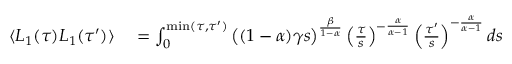
\begin{array} { r l } { \langle L _ { 1 } ( \tau ) L _ { 1 } ( \tau ^ { \prime } ) \rangle } & { { } = \int _ { 0 } ^ { \mathrm { m i n } ( \tau , \tau ^ { \prime } ) } \left( ( 1 - \alpha ) \gamma s \right) ^ { \frac { \beta } { 1 - \alpha } } \left( \frac { \tau } { s } \right) ^ { - \frac { \alpha } { \alpha - 1 } } \left( \frac { \tau ^ { \prime } } { s } \right) ^ { - \frac { \alpha } { \alpha - 1 } } d s } \end{array}